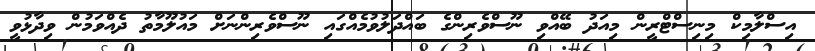
އިސްލާމިކް މިނިސްޓްރީން މިއަދު ބޭއްވި ނޫސްވެރިންގެ ބައްދަލުވުމެއްގައި ނޫސްވެރިންނަށް މައުލޫމާތު ދެއްވަމުން ވިދާޅުވީ